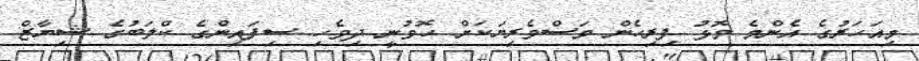
މިއަހަރުގެ އެންމެ މޮޅު ފިރިހެން މަސްވެރިޔަކަށް ހޮވުނީ ދިވެހި ސިފައިންގެ ކްލަބުގެ ޝިޔާޒް